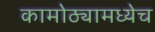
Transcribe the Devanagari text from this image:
कामोठ्यामध्येच